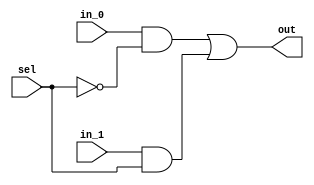
// This program was cloned from: https://github.com/circuitgraph/circuitgraph
// License: MIT License

module mux_2(in_0,in_1,out,sel);
  input in_0,in_1;
  input sel;
  output out;
  wire in_0,in_1;
  wire sel,sel_b;
  wire n_0,n_1;
  wire out;
  or OR (out, n_0, n_1);
  and AND0 (n_0, in_0, sel_b);
  and AND1 (n_1, in_1, sel);
  not NOT0 (sel_b, sel);
endmodule